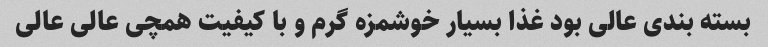
بسته بندی عالی بود غذا بسیار خوشمزه گرم و با کیفیت همچی عالی عالی